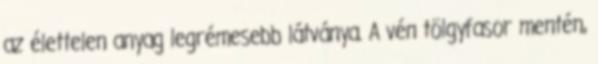
az élettelen anyag legrémesebb látványa. A vén tölgyfasor mentén,